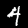
Label: 4